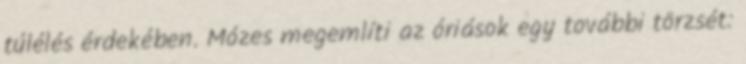
túlélés érdekében. Mózes megemlíti az óriások egy további törzsét: